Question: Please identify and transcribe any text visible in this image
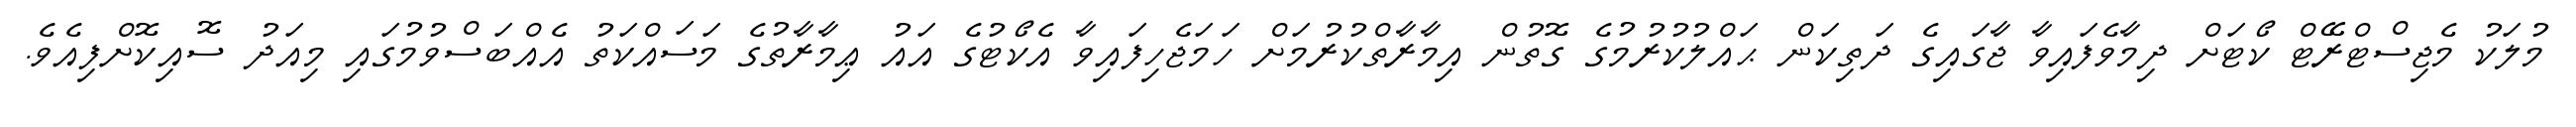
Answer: މުލަކު މެޖިސްޓްރޭޓް ކޯޓަށް ދިމާވެފައިވާ ޖާގައިގެ ދަތިކަން ޙައްލުކުރުމުގެ ގޮތުން އިމާރާތްކުރުމަށް ހަމަޖެހިފައިވާ އެކޯޓުގެ އައު ޢިމާރާތުގެ މަސައްކަތު އެއްބަސްވުމުގައި މިއަދު ސޮއިކޮށްފިއެވެ.